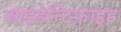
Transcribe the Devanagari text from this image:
आइडेन्टिफाइड